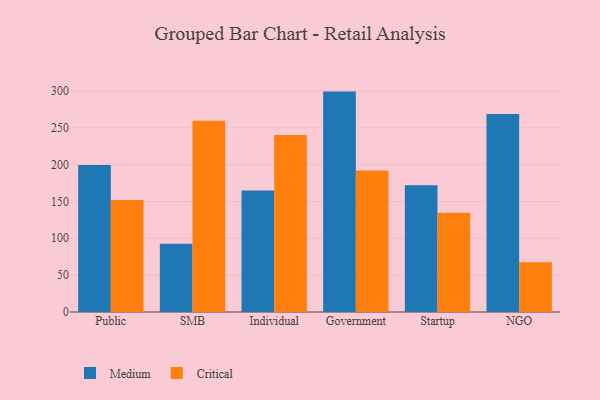
{"axis": {"x": "Segment", "y": "Shipments"}, "legend": ["Critical", "Medium"], "data": [{"x": "Public", "y": 199.5, "type": "Medium"}, {"x": "Public", "y": 151.8, "type": "Critical"}, {"x": "SMB", "y": 92.5, "type": "Medium"}, {"x": "SMB", "y": 259.3, "type": "Critical"}, {"x": "Individual", "y": 164.7, "type": "Medium"}, {"x": "Individual", "y": 240.0, "type": "Critical"}, {"x": "Government", "y": 299.0, "type": "Medium"}, {"x": "Government", "y": 191.9, "type": "Critical"}, {"x": "Startup", "y": 172.1, "type": "Medium"}, {"x": "Startup", "y": 134.7, "type": "Critical"}, {"x": "NGO", "y": 268.6, "type": "Medium"}, {"x": "NGO", "y": 67.5, "type": "Critical"}]}